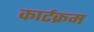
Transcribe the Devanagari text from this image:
कार्टक्रम